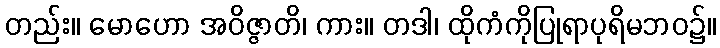
တည်း။ မောဟော အဝိဇ္ဇာတိ၊ ကား။ တဒါ၊ ထိုကံကိုပြုရာပုရိမဘဝ၌။